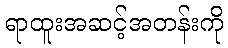
ရာထူးအဆင့်အတန်းကို